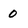
Character: 0